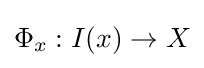
\Phi _{x}:I(x)\to X